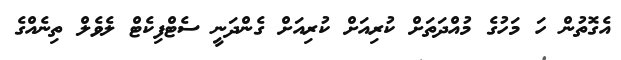
އެގޮތުން ހަ މަހުގެ މުއްދަތަށް ކުރިއަށް ކުރިއަށް ގެންދަނީ ސެޓްފިކެޓް ލެވެލް ތިނެއްގެ